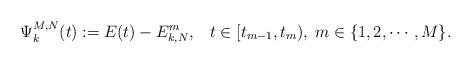
LaTeX: \begin{align*}\Psi_k^{M,N}(t):=E(t)-E_{k,N}^m,\;\;\;t\in[t_{m-1},t_m),\;m\in\{1,2,\cdots,M\}.\end{align*}